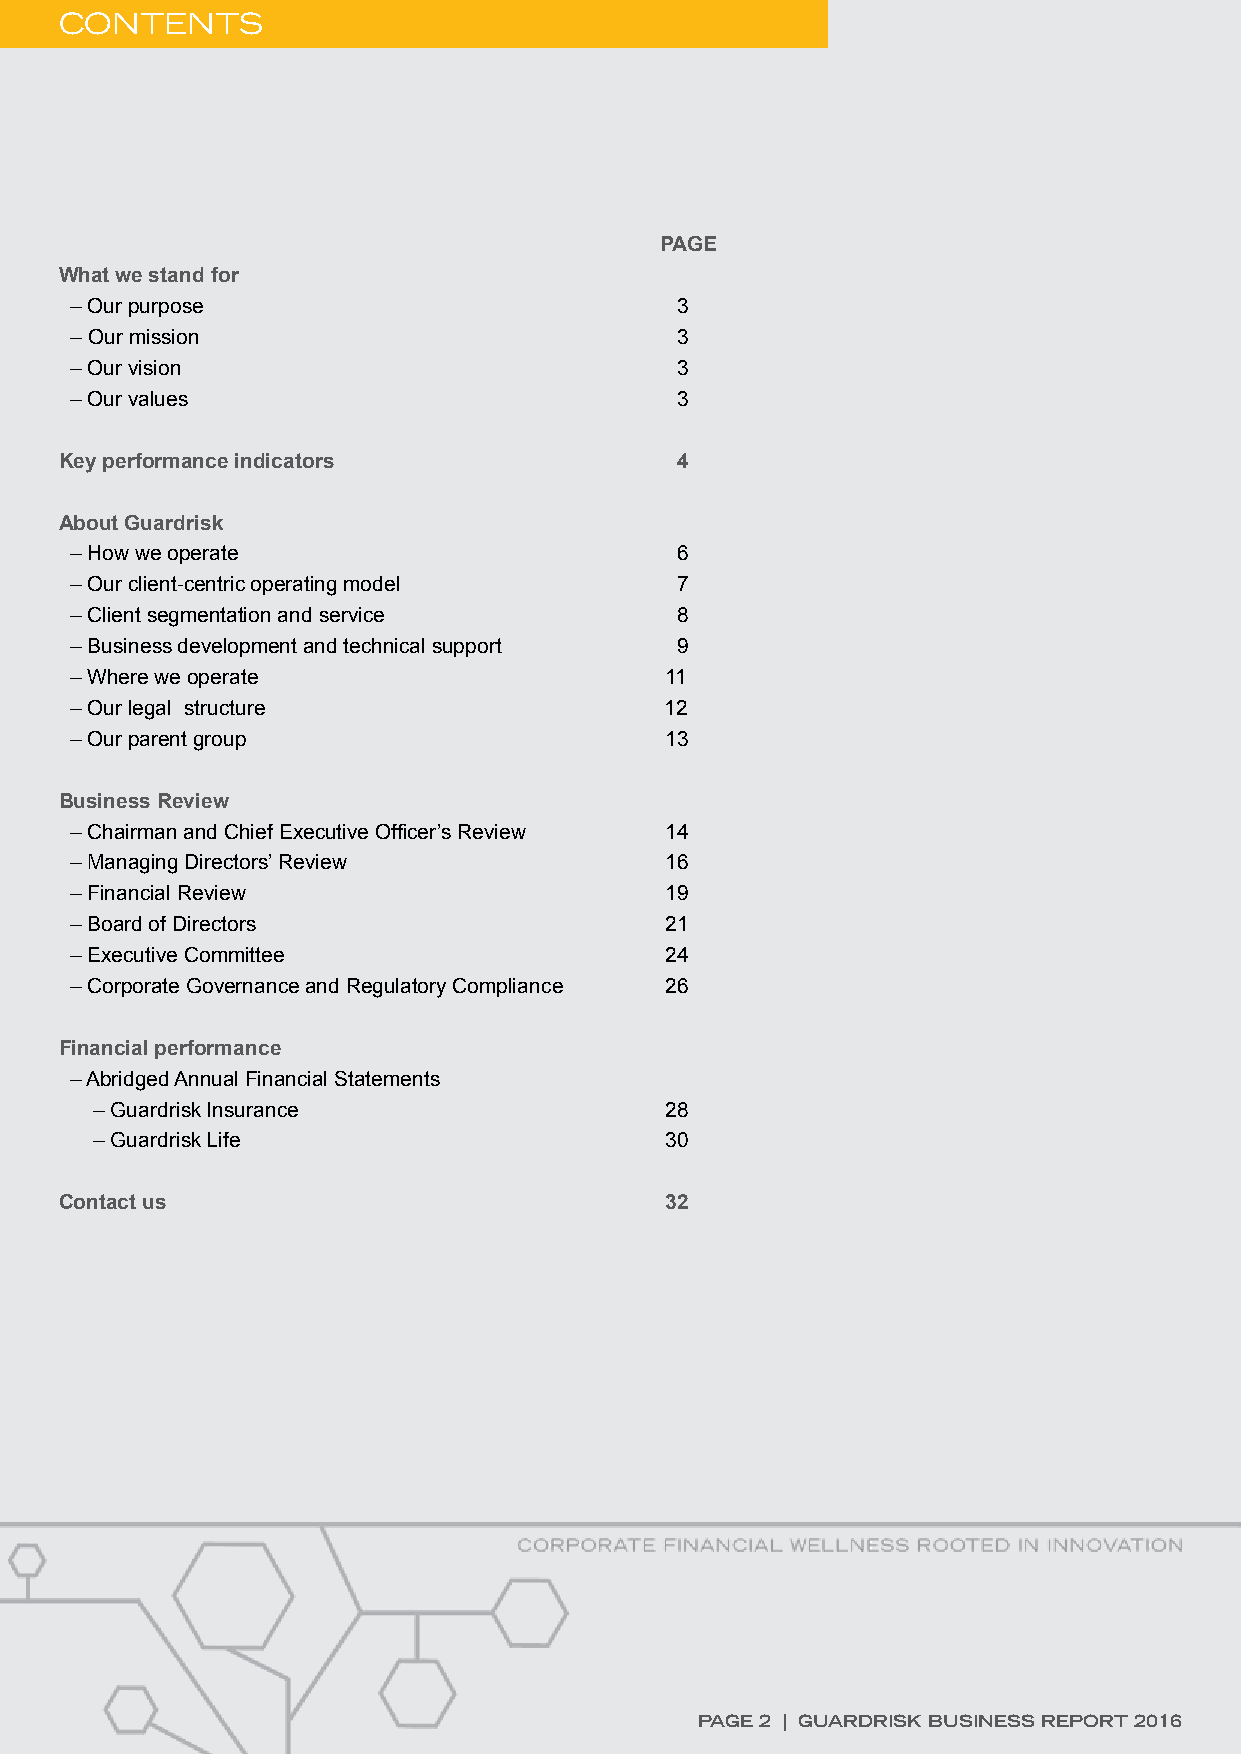
CONTENTS
 PAGE
 What we stand for
 – Our purpose                           3
 – Our mission                           3
 – Our vision                            3
 – Our values                            3
 Key performance indicators               4
 About Guardrisk
 – How we operate                        6
 – Our client-centric operating model    7
 – Client segmentation and service       8
 – Business development and technical support 9
 – Where we operate                     11
 – Our legal structure                  12
 – Our parent group                     13
 Business Review
 – Chairman and Chief Executive Officer’s Review 14
 – Managing Directors’ Review           16
 – Financial Review                     19
 – Board of Directors                   21
 – Executive Committee                  24
 – Corporate Governance and Regulatory Compliance 26
 Financial performance
 – Abridged Annual Financial Statements
 – Guardrisk Insurance                 28
 – Guardrisk Life                      30
 Contact us                              32
 PAGE 2 | GUARDRISK BUSINESS REPORT 2016